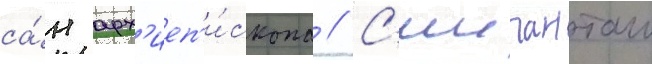
са́н арх'иеп'и́скопа // С'иипанташ